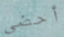
أحضى